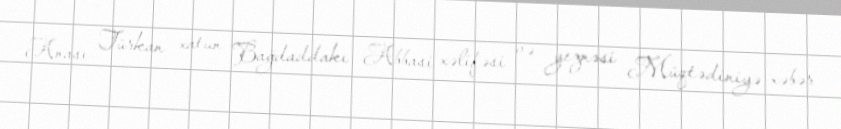
Anası Türkan xatun Bağdaddakı Abbasi xəlifəsi və yeznəsi Müqtədiniyə xəbər